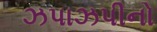
ઝપાઝપીનો